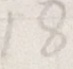
1 8